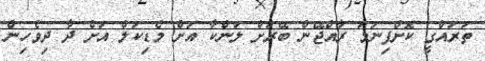
ތަރައްގީ ކޮށްފިނަމަ ރާއްޖޭން ބޭރަށް ލަންކާ އަށް މެޑިކަލް އަށް ދާ ދިވެހިން